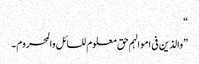
“
”والذین فی اموالہم حق معلوم للسائل والمحروم۔